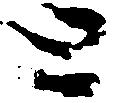
と